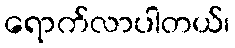
ရောက်လာပါတယ်၊